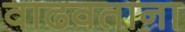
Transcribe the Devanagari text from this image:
वाढवताना